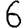
Digit: 6